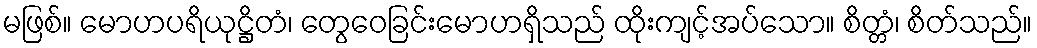
မဖြစ်။ မောဟပရိယုဋ္ဌိတံ၊ တွေဝေခြင်းမောဟရှိသည် ထိုးကျင့်အပ်သော။ စိတ္တံ၊ စိတ်သည်။